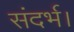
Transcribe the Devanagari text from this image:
संदर्भ।